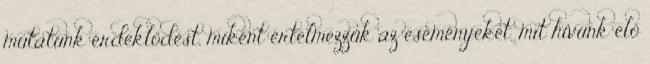
mutatunk érdeklődést, miként értelmezzük az eseményeket, mit hívunk elő